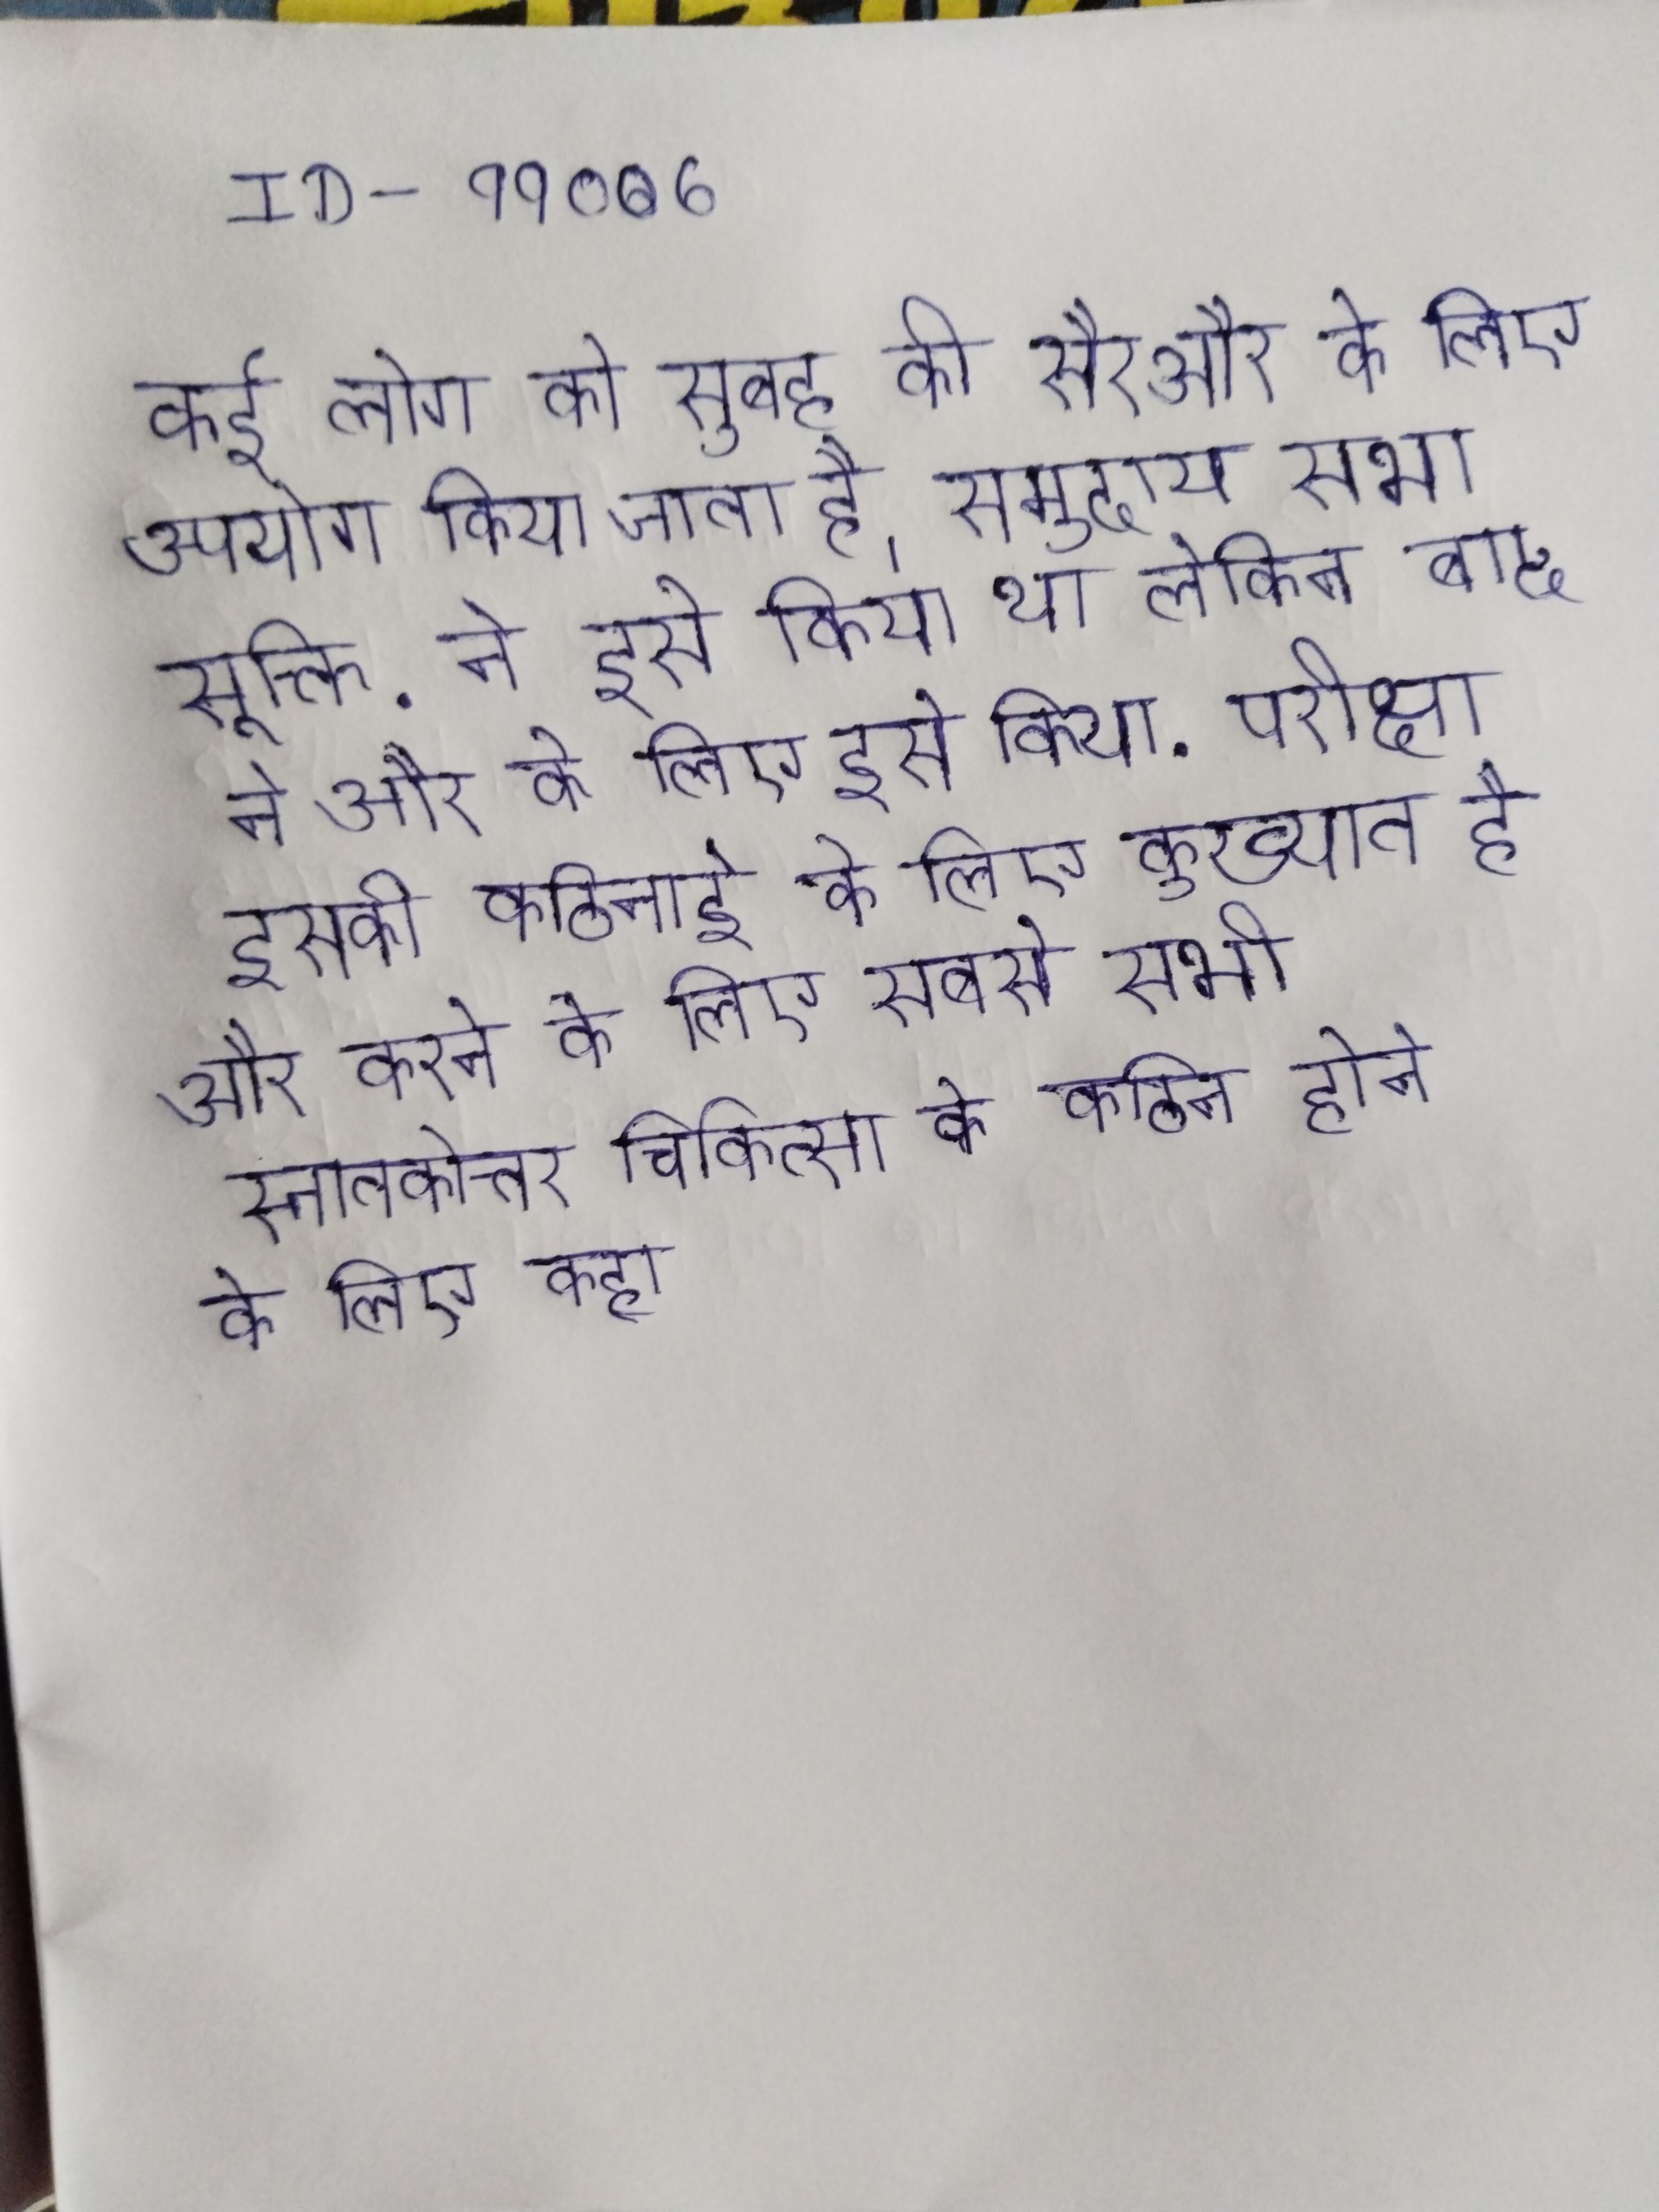
कई लोग को सुबह की सैर और के लिए उपयोग किया जाता है । समुदाय सभा सूक्ति . ने इसे किया था लेकिन बाद ने और के लिए इसे किया . परीक्षा इसकी कठिनाई के लिए कुख्यात है और करने के लिए सबसे सभी स्नातकोत्तर चिकित्सा के कठिन होने के लिए कहा .